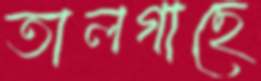
তালগাছে